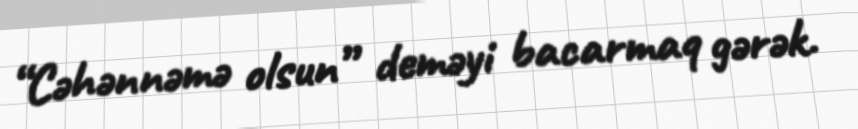
“Cəhənnəmə olsun” deməyi bacarmaq gərək.